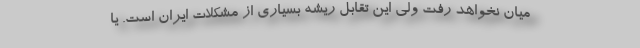
میان نخواهد رفت ولی این تقابل ریشه بسیاری از مشکلات ایران است. یا